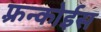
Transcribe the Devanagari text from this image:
फ़्रन्कोईस